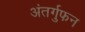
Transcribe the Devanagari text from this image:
अंतर्गुफन